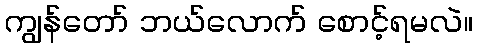
ကျွန်တော် ဘယ်လောက် စောင့်ရမလဲ။